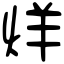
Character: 烊